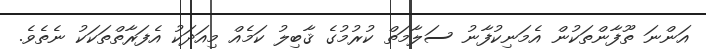
އަންނަ ތޫފާންތަކުން އެމަނިކުފާނު ސަލާމަތް ކުރުމުގެ ޤާބިލު ކަމެއް މިއަދަކު އެފަރާތްތަކަކު ނެތެވެ.